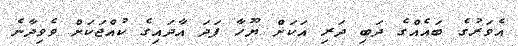
އެވަރުގެ ބައެއްގެ ދަބި ދަރި އަކަށް ޔޫހާ ފަދަ އާދައިގެ ކުއްޖަކަށް ވެވިދާނެ